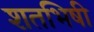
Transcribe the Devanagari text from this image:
शतभिषी